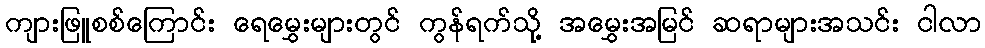
ကျားဖြူစစ်ကြောင်း ရေမွှေးများတွင် ကွန်ရက်သို့ အမွှေးအမြင် ဆရာများအသင်း ငါလာ